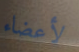
لأعضاء